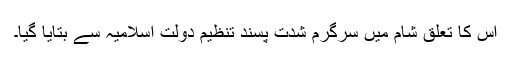
اس کا تعلق شام میں سرگرم شدت پسند تنظیم دولتِ اسلامیہ سے بتایا گیا۔